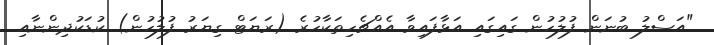
"އަސްލު ބުނަން ފުލުހުން ގައިގައި އަޅާފައިވާ އެއްޗެހިތަކާހުރެ (ރަޔަޓް ގިޔަރު ފުލުހުން) ކުޑަކުދިންނާއި